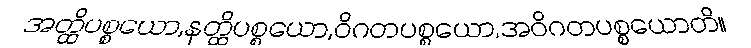
အတ္ထိပစ္စယော,နတ္ထိပစ္စယော,ဝိဂတပစ္စယော,အဝိဂတပစ္စယောတိ။